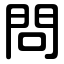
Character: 問